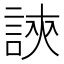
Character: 𧧵